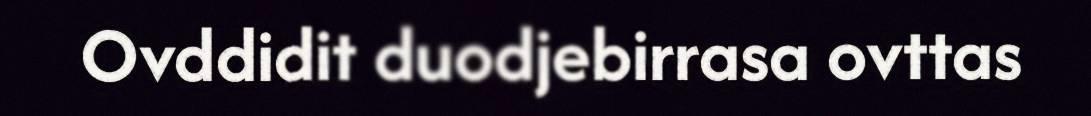
Ovddidit duodjebirrasa ovttas